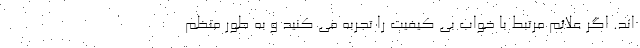
اند. اگر علائم مرتبط با خواب بی کیفیت را تجربه می کنید و به طور منظم